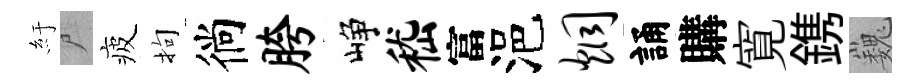
紆尸疲拘徜胯峥嵇富浥炯誦購寛鎸巍